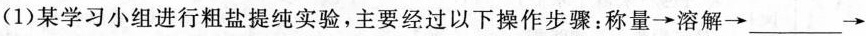
(1)某学习小组进行粗盐提纯实验，主要经过以下操作步骤：称量\rightarrow 溶解\rightarrow ___ \rightarrow